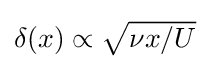
{\textstyle \delta (x)\propto {\sqrt {\nu x/U}}}